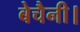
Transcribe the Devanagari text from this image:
बेचैनी।